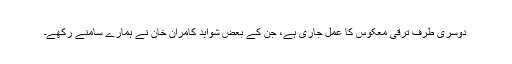
دوسری طرف ترقیٔ معکوس کا عمل جاری ہے، جن کے بعض شواہد کامران خان نے ہمارے سامنے رکھے۔